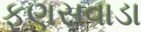
ફણસવાડા